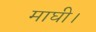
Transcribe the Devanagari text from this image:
माघी।